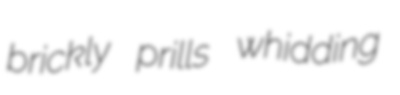
brickly prills whidding